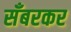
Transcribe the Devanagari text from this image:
सँबरकर